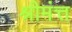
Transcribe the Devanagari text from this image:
श्रीमंत्त